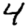
Digit: 4